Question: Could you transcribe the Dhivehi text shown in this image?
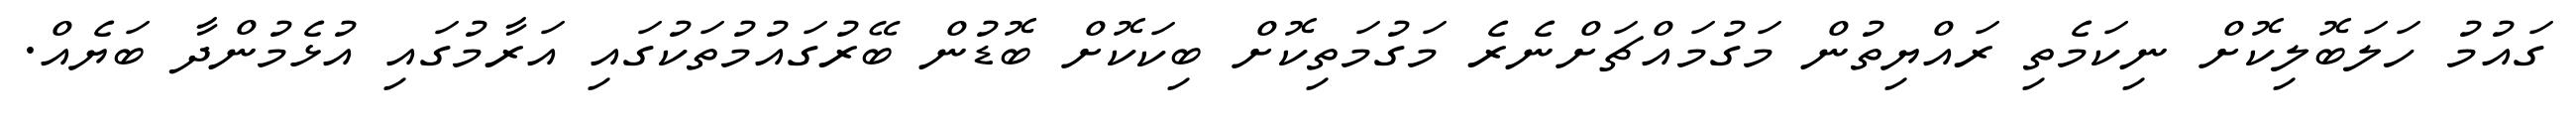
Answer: ގައުމު ހަލަބޮލިކޮށް ނިކަމެތި ރައްޔިތުން މަގުމައްޗަށްނެރެ މަގުމަތިކޮށް ބިކަކޮށް ބޮޑުން ބޭރުގައުމުތަކުގައި އަރާމުގައި އުޅެމުންދާ ބަޔެއް.